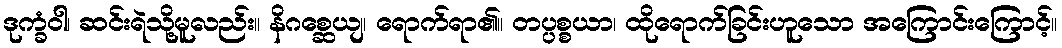
ဒုက္ခံဝါ၊ ဆင်းရဲသို့မူလည်း။ နိဂစ္ဆေယျ၊ ရောက်ရာ၏။ တပ္ပစ္စယာ၊ ထိုရောက်ခြင်းဟူသော အကြောင်းကြောင့်။